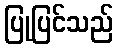
ပြုပြင်သည်